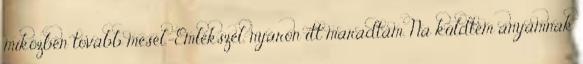
miközben tovább mesél.-Emlékszel, nyáron itt maradtam. Na küldtem anyámnak